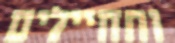
והחיילים